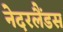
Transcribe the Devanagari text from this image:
नेदरलैंडस